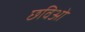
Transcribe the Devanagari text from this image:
छविओं